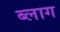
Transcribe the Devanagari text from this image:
ब्‍लाग